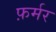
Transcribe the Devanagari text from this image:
फ़र्मर